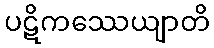
ပဋိကဿေယျာတိ